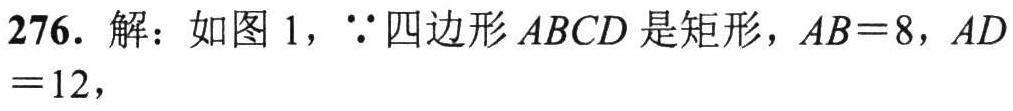
$276.\ 解：如图\ 1，\because 四边形\ ABCD\ 是矩形，AB = 8，AD = 12，$